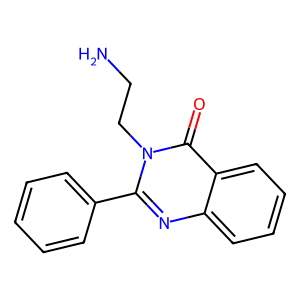
SMILES: NCCn1c(-c2ccccc2)nc2ccccc2c1=O
Inhibits HIV replication: No